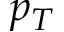
p _ { T }